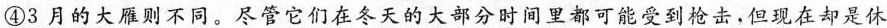
④3月的大雁则不同。尽管它们在冬天的大部分时间里都可能受到枪击，但现在却是休